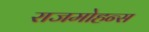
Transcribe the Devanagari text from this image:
राजमोहन्स